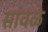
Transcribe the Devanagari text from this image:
सांवळे